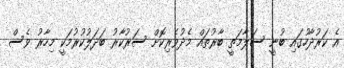
އެ ކަރުދާހުގައި ބުނީ ސަލާމަތީ ބާރުތައް މެދުވެރިކޮށް ސަރުކާރު ބަދަލުކުރުމަކީ މިހާރު ވެސް